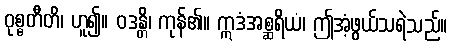
ဝုစ္စတီတိ၊ ဟူ၍။ ဝဒန္တိ၊ ကုန်၏။ ဣဒံအစ္ဆရိယံ၊ ဤအံ့ဖွယ်သရဲသည်။